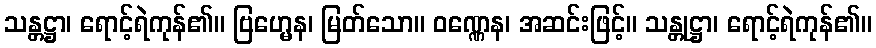
သန္တဋ္ဌာ၊ ရောင့်ရဲကုန်၏။ ဗြဟ္မေန၊ မြတ်သော။ ဝဏ္ဏေန၊ အဆင်းဖြင့်။ သန္တုဋ္ဌာ၊ ရောင့်ရဲကုန်၏။